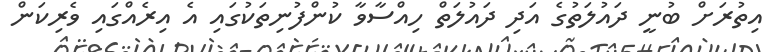
އިތުރަށް ބުނީ ދައުލަތުގެ އަދި ދައުލަތް ހިއްސާވާ ކުންފުނިތަކުގައި އެ އިރެއްގައި ވެރިކަން